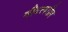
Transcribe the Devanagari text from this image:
मीटरवरील